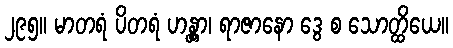
၂၉၅။ မာတရံ ပိတရံ ဟန္တွာ၊ ရာဇာနော ဒွေ စ သောတ္ထိယေ။